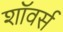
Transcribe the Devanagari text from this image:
शॉवर्स